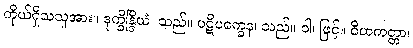
ကိုယ်ရှိသသူအား။ ဒုက္ခိန္ဒြိယံ၊ သည်။ ပဋိပက္ခေန၊ သည်။ ဝါ၊ ဖြင့်။ ဝိဟကတ္တာ၊